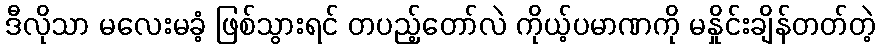
ဒီလိုသာ မလေးမခံ့ ဖြစ်သွားရင် တပည့်တော်လဲ ကိုယ့်ပမာဏကို မနှိုင်းချိန်တတ်တဲ့